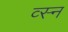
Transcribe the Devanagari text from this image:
व्स्न